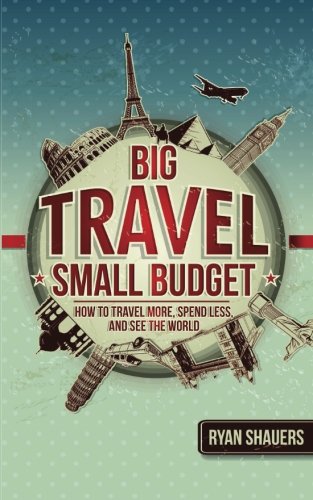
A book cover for Big Travel, Small Budget: How to Travel More, Spend Less, and See the World; Ryan Shauers; Travel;